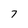
Character: 7